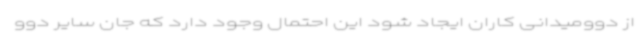
از دوومیدانی کاران ایجاد شود این احتمال وجود دارد که جان سایر دوو